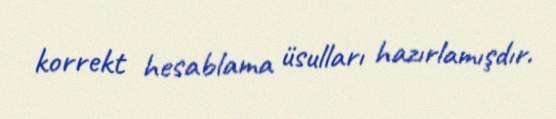
korrekt hesablama üsulları hazırlamışdır.